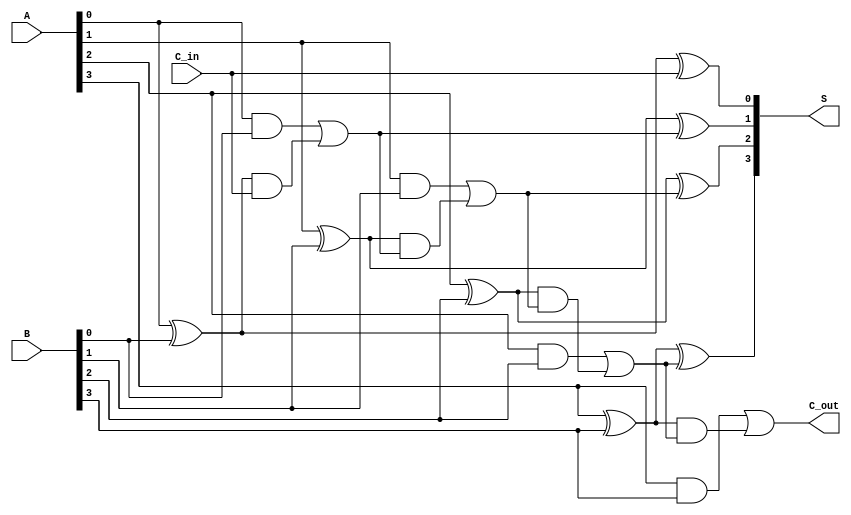
module CarryLookaheadAdder #(parameter n = 4) (
    input [n-1:0] A,        // First n-bit input
    input [n-1:0] B,        // Second n-bit input
    input C_in,             // Carry input
    output [n-1:0] S,       // n-bit sum output
    output C_out            // Carry output
);

    // Generate and Propagate signals
    wire [n-1:0] G;         // Generate signals
    wire [n-1:0] P;         // Propagate signals
    wire [n:0] C;           // Carry signals (C[0] = C_in)

    // Generate and Propagate calculations
    genvar i;
    generate
        for (i = 0; i < n; i = i + 1) begin : gen_and_prop
            assign G[i] = A[i] & B[i];          // Generate
            assign P[i] = A[i] ^ B[i];          // Propagate
        end
    endgenerate

    // Carry signals calculation
    assign C[0] = C_in;                            // C[0] = C_in
    generate
        for (i = 0; i < n; i = i + 1) begin : carry_logic
            assign C[i + 1] = G[i] | (P[i] & C[i]); // C[i+1] = G[i] + (P[i] * C[i])
        end
    endgenerate

    // Sum calculation
    generate
        for (i = 0; i < n; i = i + 1) begin : sum_logic
            assign S[i] = P[i] ^ C[i];            // S[i] = P[i] ^ C[i]
        end
    endgenerate

    // Carry output
    assign C_out = C[n];                          // C_out = C[n]

endmodule